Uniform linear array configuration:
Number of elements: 48
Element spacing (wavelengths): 0.75
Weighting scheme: blackman
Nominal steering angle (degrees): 0
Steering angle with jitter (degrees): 1.224
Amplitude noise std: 0.05
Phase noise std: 0.05

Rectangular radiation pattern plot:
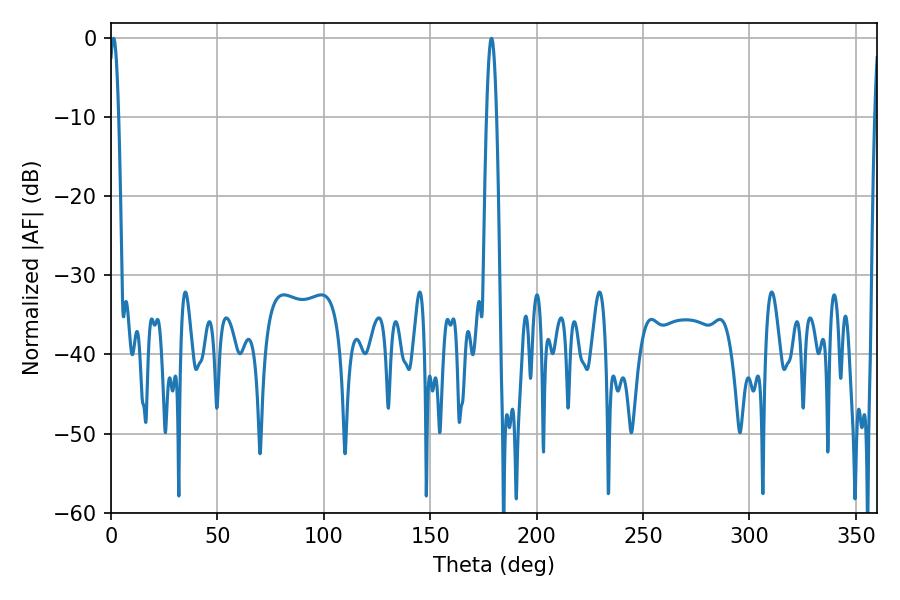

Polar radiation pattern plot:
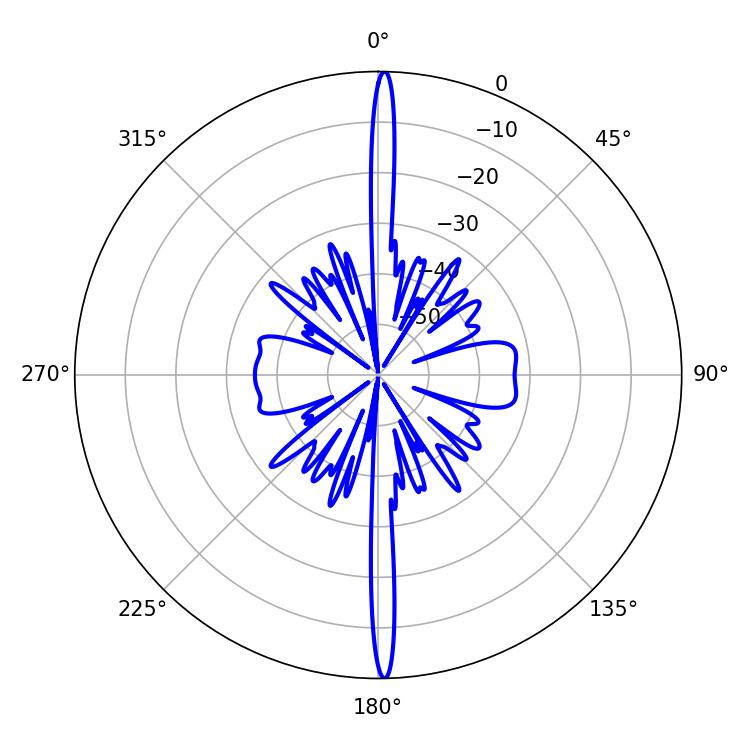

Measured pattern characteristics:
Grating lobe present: TRUE
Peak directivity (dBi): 29.556
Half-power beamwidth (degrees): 2.52
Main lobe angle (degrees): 1.26